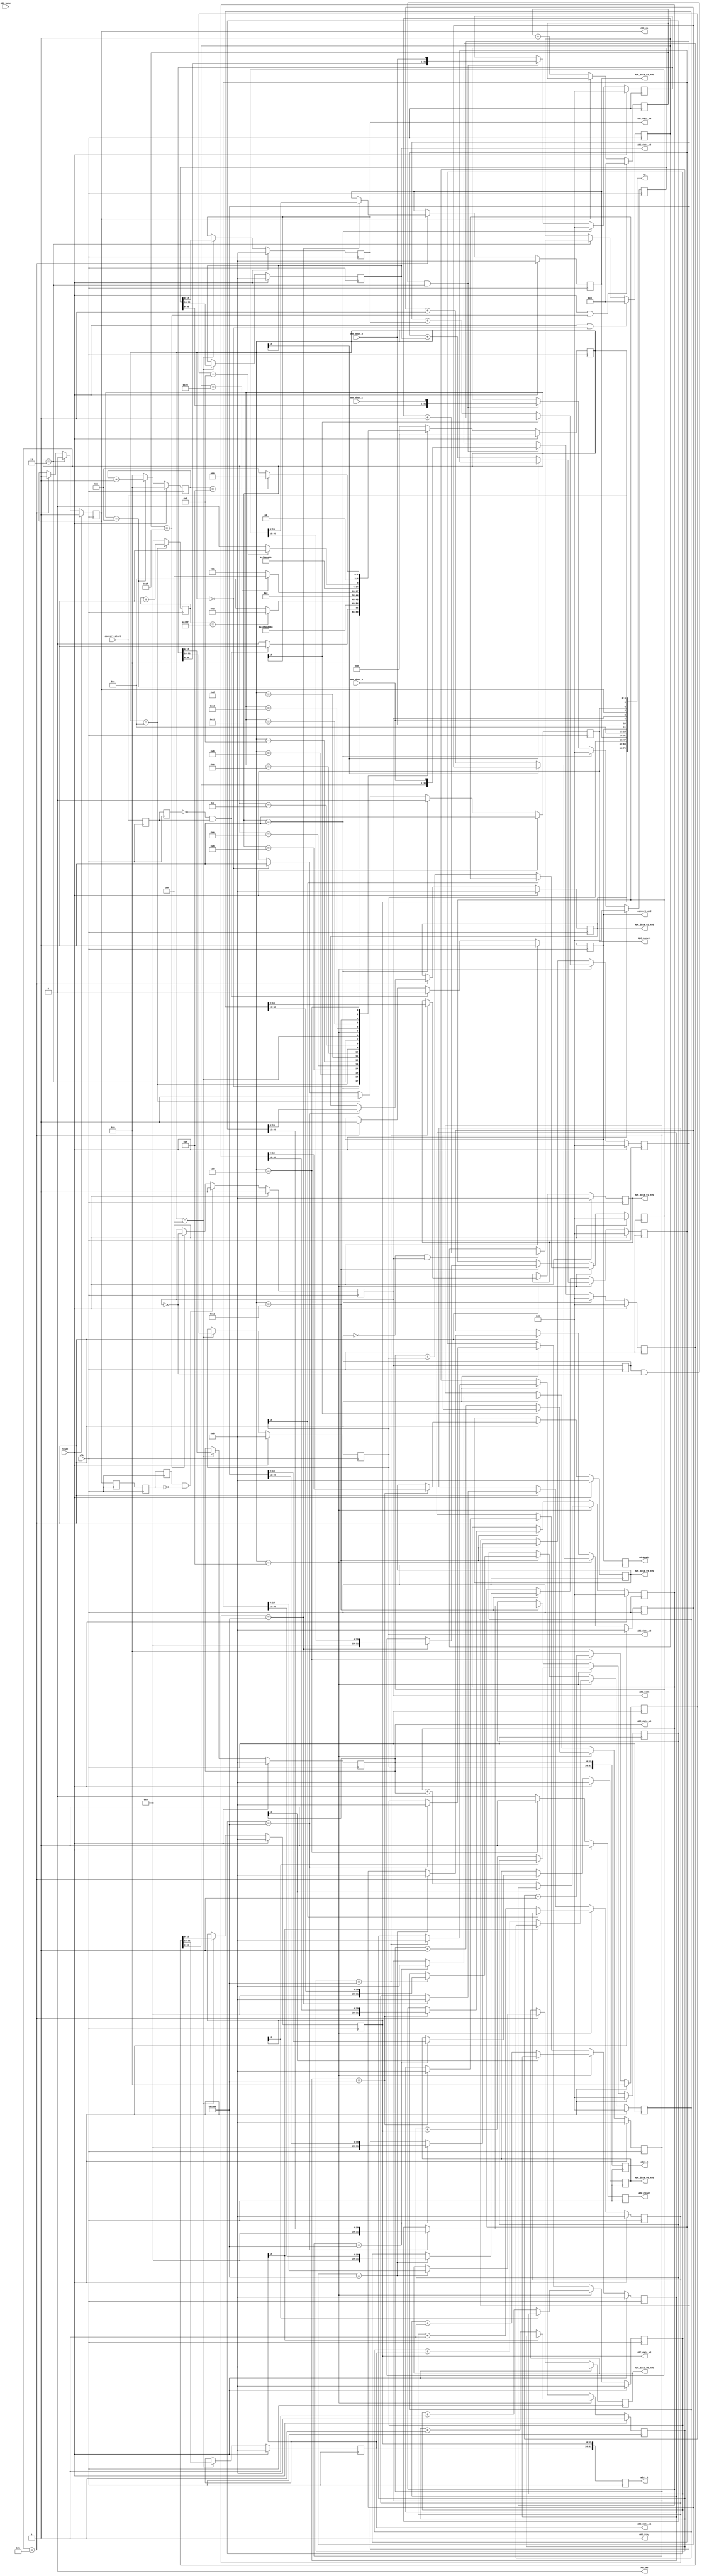
module ad7656(
    //interface with PSI_controller
	 input reset,
	 input clk,
	 input convert_start,
	 output reg convert_end,
	 output reg [15:0] ADC_data_v1,
	 output reg [15:0] ADC_data_v2,
	 output reg [15:0] ADC_data_v3,
	 output reg [15:0] ADC_data_v4,
	 output reg [15:0] ADC_data_v5,
	 output reg [15:0] ADC_data_v6,
	 output reg [15:0] ADC_data_v1_AVG,
	 output reg [15:0] ADC_data_v2_AVG,
	 output reg [15:0] ADC_data_v3_AVG,
	 output reg [15:0] ADC_data_v4_AVG,
	 output reg [15:0] ADC_data_v5_AVG,
	 output reg [15:0] ADC_data_v6_AVG,
	 //Inteface with AD7656
	 output reg ADC_reset,
	 output reg ADC_convst,
	 input ADC_busy,
	 output reg ADC_cs,
	 output reg ADC_sclk,
	 input ADC_dout_a,
	 input ADC_dout_b,
	 input ADC_dout_c,
	 output ADC_Stby,
	 output ADC_Rd,
	 output [79:0] tp,
	 output reg [31:0] adc1_2,
     output reg [31:0] adc3_4,
     output reg adcReady
    );

//input register:
reg convert_start_reg,convert_start_reg_reg;
reg ADC_busy_reg,ADC_busy_reg_reg;
reg ADC_sclk_reg;
reg [5:0] ADC_read_counter;

reg [3:0] sadc_reset_count,sadc_reset_done_count;

parameter IDLE=5'h0,START_CONVERT=5'h1,CONVERT_DONE=5'h2,READ_START=5'h3,READ_LOAD=5'h4,READ_DONE=5'h5, SADC_RESET=5'h6,SADC_RESET_DONE=5'h7;
parameter START_CONVERT1=5'h8,START_CONVERT2=5'h9,START_CONVERT3=5'hA,START_CONVERT4=5'hB,START_CONVERT5=5'hC;
parameter START_CONVERT4_1=5'hD,START_CONVERT4_2=5'hE,SUM_AVERAGE=5'hF,SUM_AVERAGE_1=5'h10,SUM_AVERAGE_2=5'h11;
parameter SUM_AVERAGE_3=5'h12;

reg [4:0] next_state, state;

reg ADC_cs_reg;

assign ADC_Stby = 1'b1;  //active low
assign ADC_Rd = 1'b0;  //active low

//1. input register: Double register to make it more reliable.
always @(posedge clk)
begin
	convert_start_reg <= convert_start;
	convert_start_reg_reg <= convert_start_reg;
	ADC_busy_reg <= ADC_busy;
	ADC_busy_reg_reg <= ADC_busy_reg;
	ADC_sclk_reg <= ADC_sclk;
	ADC_cs_reg <= ADC_cs;
	adc1_2 <= {ADC_data_v1,ADC_data_v2};
	adc3_4 <= {ADC_data_v3,ADC_data_v4};
	adcReady <= convert_end;
end

//2. ADC_clk: always running
//parameter ADC_SCLK_HALF_CYCLE=5'h3;  //Fsclk < 18MHz
parameter ADC_SCLK_HALF_CYCLE=5'h1F;  //Fsclk < 18MHz
reg [5:0] ADC_sclk_counter;

//3.
always @(posedge clk)
begin
	if(reset==1'b1)
	ADC_reset <= 1'b1;
	else if(state==SADC_RESET)
	ADC_reset <= 1'b1;
	else
	ADC_reset <= 1'b0;
end

always @(posedge clk)
begin
	if((reset==1'b1)||(ADC_sclk_counter==ADC_SCLK_HALF_CYCLE))
	ADC_sclk_counter <= 6'h0;
	else if(ADC_cs==1'b0)
	ADC_sclk_counter <= ADC_sclk_counter + 6'h1;
	else
	ADC_sclk_counter <= ADC_sclk_counter;

end

reg ADC_cs_reg_reg_reg,ADC_cs_reg_reg;
always @(posedge clk)
begin
	ADC_cs_reg_reg_reg <= ADC_cs_reg_reg;
	ADC_cs_reg_reg <= ADC_cs_reg;
end

always @(posedge clk)
begin
	if(reset==1'b1)
	ADC_sclk <= 1'h1;
	else if ((ADC_cs_reg_reg_reg==1'b1)&&(ADC_cs_reg_reg==1'b0))
	ADC_sclk <= 1'h1;
	else if (ADC_sclk_counter==ADC_SCLK_HALF_CYCLE)
	ADC_sclk <= ~ADC_sclk;
	else
	ADC_sclk <= ADC_sclk;
end


reg [11:0] adcConvtCounter;
always @(posedge clk)
begin
	if(state==START_CONVERT5)
	   adcConvtCounter <= adcConvtCounter + 12'h1;
	else adcConvtCounter <= 12'h0;
end
always @(posedge clk)
begin
	if((reset==1'b1)||(state==IDLE))
	ADC_read_counter <= 6'h0;
	else if(state==READ_START)
		begin
			if((ADC_sclk_reg==1'b0)&&(ADC_sclk==1'b1))
			ADC_read_counter <= ADC_read_counter + 6'h1;
			else
			ADC_read_counter <= ADC_read_counter;
		end
	else
			ADC_read_counter <= ADC_read_counter;
end

always @(posedge clk)
begin
	if(reset==1'b1)
	state <= IDLE;
	else
	state <= next_state;
end

always @(state or convert_start_reg or convert_start_reg_reg or ADC_busy_reg_reg or ADC_busy_reg or ADC_sclk_counter
        or ADC_read_counter or ADC_sclk or ADC_sclk_reg)
begin
	case(state)
		IDLE:
			begin
				if((convert_start_reg_reg==1'b0)&&(convert_start_reg==1'b1))
				next_state <= START_CONVERT;
				else
				next_state <= IDLE;
			end
		START_CONVERT:
			next_state <= START_CONVERT1;
		START_CONVERT1:
			next_state <= START_CONVERT2;
		START_CONVERT2:
			next_state <= START_CONVERT3;
		START_CONVERT3:
			next_state <= START_CONVERT4;
		START_CONVERT4:
			next_state <= START_CONVERT4_1;
		START_CONVERT4_1:
			next_state <= START_CONVERT4_2;
		START_CONVERT4_2:
			next_state <= START_CONVERT5;
		START_CONVERT5:
		/* To save IO, use counter. It take 3us to finish.  Now the counter reseerve 10us, enough to finish ADC conversion */
		  begin
		          if(adcConvtCounter==10'hFFF) next_state <= CONVERT_DONE;
		          else next_state <= START_CONVERT5;
		  end
		/*
			begin
				if((ADC_busy_reg_reg==1'b1)&&(ADC_busy_reg==1'b0))
				next_state <= CONVERT_DONE;
				else
				next_state <= START_CONVERT5;
			end		*/
		CONVERT_DONE:
			begin
				if(ADC_cs==1'b0)
				next_state <= READ_START;
				else
				next_state <= READ_START;
			end
		READ_START:
			begin
				if(ADC_read_counter==6'h20)
				next_state <= READ_LOAD;
				else
				next_state <= READ_START;
			end
		READ_LOAD:
				next_state <= SUM_AVERAGE;
		SUM_AVERAGE:
		        next_state <= SUM_AVERAGE_1;
		SUM_AVERAGE_1:
		        next_state <= SUM_AVERAGE_2;
	    SUM_AVERAGE_2:
		        next_state <= SUM_AVERAGE_3;
		SUM_AVERAGE_3:
		        next_state <= READ_DONE;
		READ_DONE:
			//begin
			//	if((ADC_sclk_reg==1'b1)&&(ADC_sclk==1'b0))
				next_state <= IDLE;
			//	else
			//	next_state <= READ_DONE;
			//end
		SADC_RESET:
			begin
				if(sadc_reset_count==4'hB)
				next_state <= SADC_RESET_DONE;
				else
				next_state <= SADC_RESET;
			end
		SADC_RESET_DONE:
			begin
				if(sadc_reset_done_count==4'hF)
				next_state <= IDLE;
				else
				next_state <= SADC_RESET_DONE;
			end
		default:
				next_state <= IDLE;
		endcase
end

always @(posedge clk)
begin
	if(reset==1'b1)
	sadc_reset_count <= 4'h0;
	else if(state==SADC_RESET)
	sadc_reset_count <= sadc_reset_count + 4'h1;
	else
	sadc_reset_count <= 4'h0;
end

always @(posedge clk)
begin
	if(reset==1'b1)
	sadc_reset_done_count <= 4'h0;
	else if(state==SADC_RESET_DONE)
	sadc_reset_done_count <= sadc_reset_done_count + 4'h1;
	else
	sadc_reset_done_count <= 4'h0;
end

always @(posedge clk)
begin
	if(reset==1'b1)
	convert_end <= 1'b1;
	else if((convert_start_reg_reg==1'b0)&&(convert_start_reg==1'b1))
	convert_end <= 1'b0;
	else if(state==READ_DONE)
	convert_end <= 1'b1;
	else
	convert_end <= convert_end;
end

always @(posedge clk)
begin
	if(reset==1'b1)
	ADC_convst <= 1'b1;
	else if(state==START_CONVERT)
	ADC_convst <= 1'b0;
	else if(state==START_CONVERT5)
	ADC_convst <= 1'b1;
	else if(state==IDLE)
	ADC_convst <= 1'b1;
	else
	ADC_convst <= ADC_convst;
end

always @(posedge clk)
begin
	if(reset==1'b1)
	ADC_cs <= 1'b1;
	else if(state==READ_START)
	ADC_cs <= 1'b0;
	else if(state==READ_DONE)
	ADC_cs <= 1'b1;
	else
	ADC_cs <= ADC_cs;
end

reg [31:0] Data_v1_v2, Data_v3_v4, Data_v5_v6;

always @(posedge clk)
begin
	if(reset==1'b1)
	Data_v1_v2 <= 32'h0;
	else if(state==START_CONVERT)
	Data_v1_v2 <= 32'h0;
	else if((ADC_sclk_reg==1'b1)&&(ADC_sclk==1'b0)&&(state==READ_START))  //ltach at falling edge
	Data_v1_v2 <= {Data_v1_v2[30:0],ADC_dout_a};
	else
	Data_v1_v2 <= Data_v1_v2;
end

always @(posedge clk)
begin
	if(reset==1'b1)
	Data_v3_v4 <= 32'h0;
	else if(state==START_CONVERT)
	Data_v3_v4 <= 32'h0;
	else if((ADC_sclk_reg==1'b1)&&(ADC_sclk==1'b0)&&(state==READ_START))
	Data_v3_v4 <= {Data_v3_v4[30:0],ADC_dout_b};
	else
	Data_v3_v4 <= Data_v3_v4;
end

always @(posedge clk)
begin
	if(reset==1'b1)
	Data_v5_v6 <= 32'h0;
	else if(state==START_CONVERT)
	Data_v5_v6 <= 32'h0;
	else if((ADC_sclk_reg==1'b1)&&(ADC_sclk==1'b0)&&(state==READ_START))
	Data_v5_v6 <= {Data_v5_v6[30:0],ADC_dout_c};
	else
	Data_v5_v6 <= Data_v5_v6;
end

reg [31:0] ADC_data_v1_SUM,ADC_data_v2_SUM,ADC_data_v3_SUM,ADC_data_v4_SUM,ADC_data_v5_SUM,ADC_data_v6_SUM;
reg [15:0] ADC_data_v1_AVG,ADC_data_v2_AVG,ADC_data_v3_AVG,ADC_data_v4_AVG,ADC_data_v5_AVG,ADC_data_v6_AVG;
reg [15:0] ADC_data_v1_CNT,ADC_data_v2_CNT,ADC_data_v3_CNT,ADC_data_v4_CNT,ADC_data_v5_CNT,ADC_data_v6_CNT;

parameter AVG_NUMBER=16'h1000;
parameter AVG_SHIFT = 12;

always @(posedge clk)
begin
	if(reset==1'b1) ADC_data_v1_SUM <= 32'h0;
	else if(state==SUM_AVERAGE) begin
	   if(ADC_data_v1[15]!=1) //skip negtive voltage
	       ADC_data_v1_SUM <= ADC_data_v1_SUM + {16'h0,ADC_data_v1};
	   end
	else if(state==SUM_AVERAGE_3) begin
	   if(ADC_data_v1_CNT==AVG_NUMBER) ADC_data_v1_SUM  <= (ADC_data_v1_SUM >>AVG_SHIFT);
     end
    else ADC_data_v1_SUM <= ADC_data_v1_SUM;
end

always @(posedge clk)
begin
	if(reset==1'b1) ADC_data_v1_CNT <= 16'h0;
	else if(state==SUM_AVERAGE) begin
	   if(ADC_data_v1[15]!=1) //skip negtive voltage
        ADC_data_v1_CNT <= ADC_data_v1_CNT + 16'h1;
	   end
  else if(state==READ_DONE) begin
    if(ADC_data_v1_CNT==AVG_NUMBER) ADC_data_v1_CNT <= 16'h0;
    end
  else ADC_data_v1_CNT <= ADC_data_v1_CNT;
end

  always @(posedge clk)
  begin
  	if(reset==1'b1) ADC_data_v1_AVG <= 16'h0;
    else if(state==READ_DONE) begin
      if(ADC_data_v1_CNT==AVG_NUMBER) ADC_data_v1_AVG <= ADC_data_v1_SUM[15:0];
      end
    else ADC_data_v1_AVG <= ADC_data_v1_AVG;
  end

  always @(posedge clk)
  begin
  	if(reset==1'b1) ADC_data_v2_SUM <= 32'h0;
  	else if(state==SUM_AVERAGE) begin
  	   if(ADC_data_v2[15]!=1) //skip negtive voltage
  	       ADC_data_v2_SUM <= ADC_data_v2_SUM + {16'h0,ADC_data_v2};
  	   end
  	else if(state==SUM_AVERAGE_3) begin
  	   if(ADC_data_v2_CNT==AVG_NUMBER) ADC_data_v2_SUM  <= (ADC_data_v2_SUM >>AVG_SHIFT);
       end
      else ADC_data_v2_SUM <= ADC_data_v2_SUM;
  end

  always @(posedge clk)
  begin
  	if(reset==1'b1) ADC_data_v2_CNT <= 16'h0;
  	else if(state==SUM_AVERAGE) begin
  	   if(ADC_data_v2[15]!=1) //skip negtive voltage
          ADC_data_v2_CNT <= ADC_data_v2_CNT + 16'h1;
  	   end
    else if(state==READ_DONE) begin
      if(ADC_data_v2_CNT==AVG_NUMBER) ADC_data_v2_CNT <= 16'h0;
      end
    else ADC_data_v2_CNT <= ADC_data_v2_CNT;
  end

    always @(posedge clk)
    begin
    	if(reset==1'b1) ADC_data_v2_AVG <= 16'h0;
      else if(state==READ_DONE) begin
        if(ADC_data_v2_CNT==AVG_NUMBER) ADC_data_v2_AVG <= ADC_data_v2_SUM[15:0];
        end
      else ADC_data_v2_AVG <= ADC_data_v2_AVG;
    end

always @(posedge clk)
begin
	if(reset==1'b1) ADC_data_v3_SUM <= 32'h0;
	else if(state==SUM_AVERAGE) begin
	   if(ADC_data_v3[15]!=1) //skip negtive voltage
	       ADC_data_v3_SUM <= ADC_data_v3_SUM + {16'h0,ADC_data_v3};
	   end
	else if(state==SUM_AVERAGE_3) begin
	   if(ADC_data_v3_CNT==AVG_NUMBER) ADC_data_v3_SUM  <= (ADC_data_v3_SUM >>AVG_SHIFT);
     end
    else ADC_data_v3_SUM <= ADC_data_v3_SUM;
end

always @(posedge clk)
begin
	if(reset==1'b1) ADC_data_v3_CNT <= 16'h0;
	else if(state==SUM_AVERAGE) begin
	   if(ADC_data_v3[15]!=1) //skip negtive voltage
        ADC_data_v3_CNT <= ADC_data_v3_CNT + 16'h1;
	   end
  else if(state==READ_DONE) begin
    if(ADC_data_v3_CNT==AVG_NUMBER) ADC_data_v3_CNT <= 16'h0;
    end
  else ADC_data_v3_CNT <= ADC_data_v3_CNT;
end

  always @(posedge clk)
  begin
  	if(reset==1'b1) ADC_data_v3_AVG <= 16'h0;
    else if(state==READ_DONE) begin
      if(ADC_data_v3_CNT==AVG_NUMBER) ADC_data_v3_AVG <= ADC_data_v3_SUM[15:0];
      end
    else ADC_data_v3_AVG <= ADC_data_v3_AVG;
  end


always @(posedge clk)
begin
	if(reset==1'b1) ADC_data_v4_SUM <= 32'h0;
	else if(state==SUM_AVERAGE) begin
	   if(ADC_data_v4[15]!=1) //skip negtive voltage
	       ADC_data_v4_SUM <= ADC_data_v4_SUM + {16'h0,ADC_data_v4};
	   end
	else if(state==SUM_AVERAGE_3) begin
	   if(ADC_data_v4_CNT==AVG_NUMBER) ADC_data_v4_SUM  <= (ADC_data_v4_SUM >>AVG_SHIFT);
     end
    else ADC_data_v4_SUM <= ADC_data_v4_SUM;
end

always @(posedge clk)
begin
	if(reset==1'b1) ADC_data_v4_CNT <= 16'h0;
	else if(state==SUM_AVERAGE) begin
	   if(ADC_data_v4[15]!=1) //skip negtive voltage
        ADC_data_v4_CNT <= ADC_data_v4_CNT + 16'h1;
	   end
  else if(state==READ_DONE) begin
    if(ADC_data_v4_CNT==AVG_NUMBER) ADC_data_v4_CNT <= 16'h0;
    end
  else ADC_data_v4_CNT <= ADC_data_v4_CNT;
end

  always @(posedge clk)
  begin
  	if(reset==1'b1) ADC_data_v4_AVG <= 16'h0;
    else if(state==READ_DONE) begin
      if(ADC_data_v4_CNT==AVG_NUMBER) ADC_data_v4_AVG <= ADC_data_v4_SUM[15:0];
      end
    else ADC_data_v4_AVG <= ADC_data_v4_AVG;
  end



always @(posedge clk)
begin
	if(reset==1'b1) ADC_data_v5_SUM <= 32'h0;
	else if(state==SUM_AVERAGE) begin
	   if(ADC_data_v5[15]!=1) //skip negtive voltage
	       ADC_data_v5_SUM <= ADC_data_v5_SUM + {16'h0,ADC_data_v5};
	   end
	else if(state==SUM_AVERAGE_3) begin
	   if(ADC_data_v5_CNT==AVG_NUMBER) ADC_data_v5_SUM  <= (ADC_data_v5_SUM >>AVG_SHIFT);
     end
    else ADC_data_v5_SUM <= ADC_data_v5_SUM;
end

always @(posedge clk)
begin
	if(reset==1'b1) ADC_data_v5_CNT <= 16'h0;
	else if(state==SUM_AVERAGE) begin
	   if(ADC_data_v5[15]!=1) //skip negtive voltage
        ADC_data_v5_CNT <= ADC_data_v5_CNT + 16'h1;
	   end
  else if(state==READ_DONE) begin
    if(ADC_data_v5_CNT==AVG_NUMBER) ADC_data_v5_CNT <= 16'h0;
    end
  else ADC_data_v5_CNT <= ADC_data_v5_CNT;
end

  always @(posedge clk)
  begin
  	if(reset==1'b1) ADC_data_v5_AVG <= 16'h0;
    else if(state==READ_DONE) begin
      if(ADC_data_v5_CNT==AVG_NUMBER) ADC_data_v5_AVG <= ADC_data_v5_SUM[15:0];
      end
    else ADC_data_v5_AVG <= ADC_data_v5_AVG;
  end


always @(posedge clk)
begin
	if(reset==1'b1) ADC_data_v6_SUM <= 32'h0;
	else if(state==SUM_AVERAGE) begin
	   if(ADC_data_v6[15]!=1) //skip negtive voltage
	       ADC_data_v6_SUM <= ADC_data_v6_SUM + {16'h0,ADC_data_v6};
	   end
	else if(state==SUM_AVERAGE_3) begin
	   if(ADC_data_v6_CNT==AVG_NUMBER) ADC_data_v6_SUM  <= (ADC_data_v6_SUM >>AVG_SHIFT);
     end
    else ADC_data_v6_SUM <= ADC_data_v6_SUM;
end

always @(posedge clk)
begin
	if(reset==1'b1) ADC_data_v6_CNT <= 16'h0;
	else if(state==SUM_AVERAGE) begin
	   if(ADC_data_v6[15]!=1) //skip negtive voltage
        ADC_data_v6_CNT <= ADC_data_v6_CNT + 16'h1;
	   end
  else if(state==READ_DONE) begin
    if(ADC_data_v6_CNT==AVG_NUMBER) ADC_data_v6_CNT <= 16'h0;
    end
  else ADC_data_v6_CNT <= ADC_data_v6_CNT;
end

  always @(posedge clk)
  begin
  	if(reset==1'b1) ADC_data_v6_AVG <= 16'h0;
    else if(state==READ_DONE) begin
      if(ADC_data_v6_CNT==AVG_NUMBER) ADC_data_v6_AVG <= ADC_data_v6_SUM[15:0];
      end
    else ADC_data_v6_AVG <= ADC_data_v6_AVG;
  end

////////////////////


always @(posedge clk)
begin
	if(reset==1'b1)
	ADC_data_v1 <= 16'h0;
	//else if(state==START_CONVERT)
	//ADC_data_v1 <= 16'h0;
	else if (state==READ_LOAD)
	ADC_data_v1 <= {Data_v1_v2[31:24],Data_v1_v2[23:16]};
	else
	ADC_data_v1 <= ADC_data_v1;
end

always @(posedge clk)
begin
	if(reset==1'b1)
	ADC_data_v2 <= 16'h0;
	//else if(state==START_CONVERT)
	//ADC_data_v2 <= 16'h0;
	else if (state==READ_LOAD)
	ADC_data_v2 <= {Data_v1_v2[15:8],Data_v1_v2[7:0]};
	else
	ADC_data_v2 <= ADC_data_v2;
end

always @(posedge clk)
begin
	if(reset==1'b1)
	ADC_data_v3 <= 16'h0;
	//else if(state==START_CONVERT)
	//ADC_data_v3 <= 16'h0;
	else if (state==READ_LOAD)
	//ADC_data_v3 <= Data_v3_v4[15:0];
	ADC_data_v3 <= {Data_v3_v4[31:24],Data_v3_v4[23:16]};
	else
	ADC_data_v3 <= ADC_data_v3;
end

always @(posedge clk)
begin
	if(reset==1'b1)
	ADC_data_v4 <= 16'h0;
	//else if(state==START_CONVERT)
	//ADC_data_v4 <= 16'h0;
	else if (state==READ_LOAD)
	//ADC_data_v4 <= Data_v3_v4[31:16];
	ADC_data_v4 <= {Data_v3_v4[15:8],Data_v3_v4[7:0]};
	else
	ADC_data_v4 <= ADC_data_v4;
end

always @(posedge clk)
begin
	if(reset==1'b1)
	ADC_data_v5 <= 16'h0;
	//else if(state==START_CONVERT)
	//ADC_data_v5 <= 16'h0;
	else if (state==READ_LOAD)
	//ADC_data_v5 <= Data_v5_v6[15:0];
	ADC_data_v5 <= {Data_v5_v6[31:24],Data_v5_v6[23:16]};
	else
	ADC_data_v5 <= ADC_data_v5;
end

always @(posedge clk)
begin
	if(reset==1'b1)
	ADC_data_v6 <= 16'h0;
	//else if(state==START_CONVERT)
	//ADC_data_v6 <= 16'h0;
	else if (state==READ_LOAD)
	ADC_data_v6 <= {Data_v5_v6[15:8],Data_v5_v6[7:0]};
	else
	ADC_data_v6 <= ADC_data_v6;
end

assign tp = {ADC_data_v2[15:0],ADC_data_v2_AVG[15:0],ADC_data_v3[15:0],ADC_data_v3_AVG[15:0], 
             4'hC, convert_end, ADC_dout_b,ADC_dout_a,ADC_sclk,ADC_cs,  ADC_convst,convert_start,state[4:0]};
endmodule